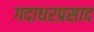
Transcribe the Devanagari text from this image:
गदाधरप्रसाद